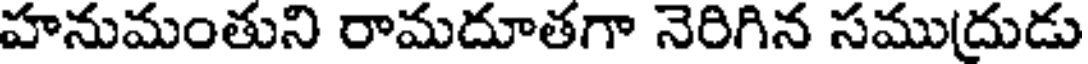
హనుమంతుని రామదూతగా నెరిగిన సముద్రుడు